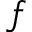
f